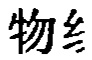
物糸